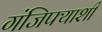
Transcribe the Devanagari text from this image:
गंजिफ्याशी